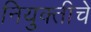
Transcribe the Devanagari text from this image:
नियुक्तीचे